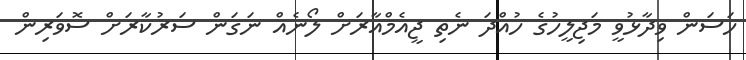
ހަސަން ވިދާޅުވީ މަޖިލީހުގެ ހުއްދަ ނެތި ޖީއެމްއާރަށް ލޯނެއް ނަގަން ސަރުކާރަށް ސޮވަރިން